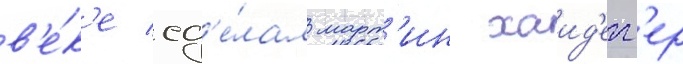
в'е́к'е сд'е́лал март'ин хаид'егг'ер